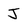
Character: J